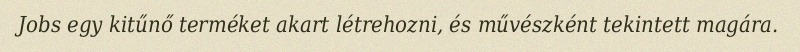
Jobs egy kitűnő terméket akart létrehozni, és művészként tekintett magára.